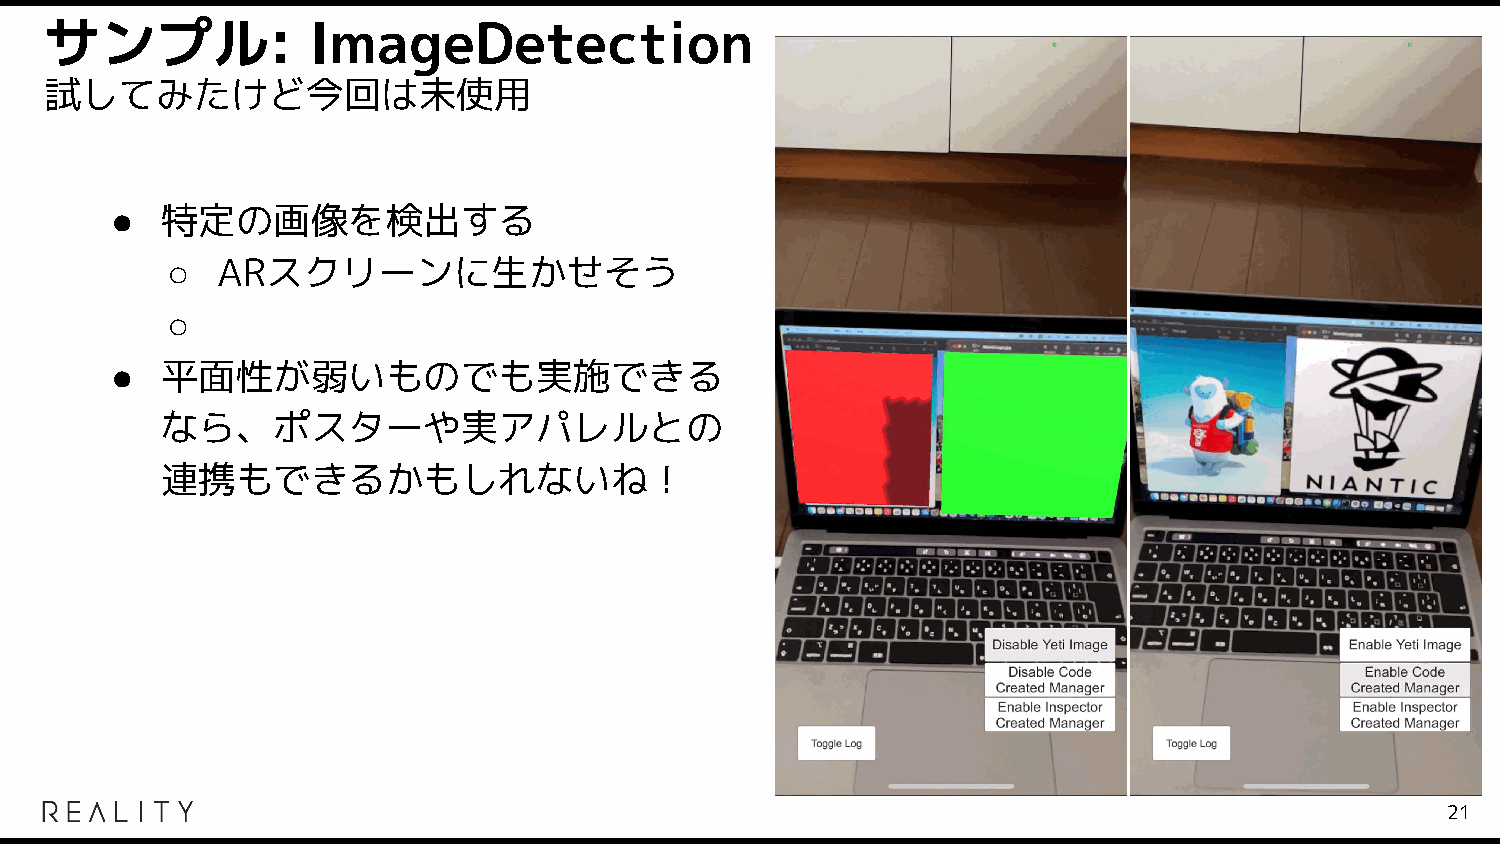
サンプル:            ImageDetection
 試してみたけど今回は未使用
 ●   特定の画像を検出する
 ○  ARスクリーンに生かせそう
 ○
 ●   平面性が弱いものでも実施できる
 なら、ポスターや実アパレルとの
 連携もできるかもしれないね！
 21